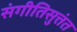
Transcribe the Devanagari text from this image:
संगीतिसुत्तंत